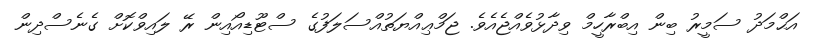
އަޙްމަދު ސަމީރު ބިން އިބްރާހީމް ވިދާޅުވެއްޖެއެވެ. ޖަމްޢިއްޔަތުއްސަލަފުގެ ސްޓޫޑިއޯއިން ރޭ ލައިވްކޮށް ގެނެސްދިން